Leaving Certificate Examination (including Day School Certificate (Higher) General paper), 1934
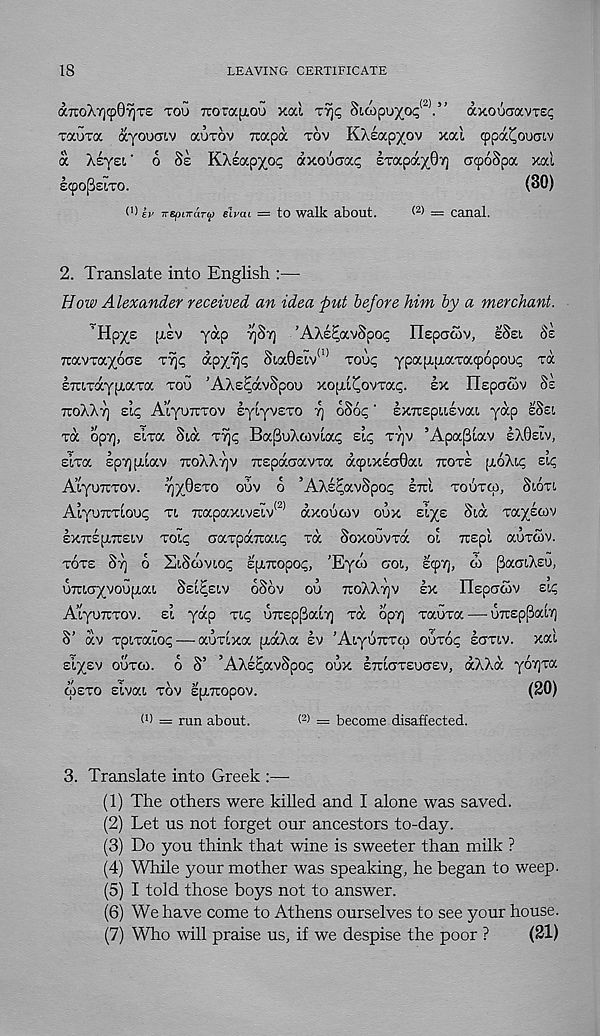
18
LEAVING CERTIFICATE
aTroXrjcpOrjTS TOU TTOTOC^OU xai
Sioipu/o^' 2 '.” axou<TavT£c
xauxa ayoucnv auxov rcapa xov KXeapyov xal cppa^ouaiv
a XEYSI ' 6 Ss KXsapyop dxoiiaa<; exapd^Oy) acpoSpoc xod
stpofieLTO.
(30)
O £>' Trepurdru elvac = to walk about.
< 2 > = canal.
2. Translate into English :—
Bow Alexander received an idea put before him by a merchant.
’ Hpys (rev ydp ySr) 'AXsEavSpoc HEpacov, ESEL 8S
TiavxayoxE xyp o'-p'/JiQ 8uxdelv (,) xou<; ypapLiTaxatpopoup xd
ETtixocyptaxa xoo 'AXecdvSpoo xojTicovxa^. ix Ilepacov 8s
TCOXXT] sh; Atyuiixov sytyvExo rj 6S6^ ’ EXTCEpiisvat ydp sSsi
xd opy], sixa Sid xy^ BajBuXcoviac; EL^ XTJV ’Apa^iav EX0SIV,
sixoc epyfxiav 7toXX7]v TiEpdaavxa dtpixsaOai TTOXE (TOXIC SIC
Aiyurcxov.
TjyOsxo ouv 6 ’AXs^avSpoc ETTI xouxco, Sioxt
Aiyu7rxiou<; xi Tcapaxivsiv 12 ’ dxouwv oux siys Sid xaysaiv
EXTcspiTTEiv xoi^ (jaxpocitaK; xd Soxouvxd 01 TUEpl aoxdjv.
XOXE ST] o EiSomo^ sfXTropo^, ’Eyd) aoi, scpy], d> paaiXso,
UTCicryvoupiai SEI^EIV 6SOV OO TTOXX^V EX IlEpo-oiv sip
A’lyuTcxov. EI ydp xi<; U7t£p[3ai7] xd opv] xauxa—■ U7t£p(3ai7)
S’ dv xpixaiop — auxixa [xdXa EV 'AiyuTixoi ouxoc scrxiv. xal
siysv ouxco. o S’ ’AXeSavSpo^ oux ETTICJXEUCIEV, dXXd yo7]xa
CpEXO Eivai XOV EJXTrOpOV.
(20)
= run about.
< 2) = become disaffected.
3. Translate into Greek :—-
(1) The others were killed and I alone was saved.
(2) Let us not forget our ancestors to-day.
(3) Do you think that wine is sweeter than milk ?
(4) While your mother was speaking, he began to weep.
(5) I told those boys not to answer.
(6) We have come to Athens ourselves to see your house.
(7) Who will praise us, if we despise the poor ?
(21)